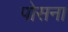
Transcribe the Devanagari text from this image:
पोसना